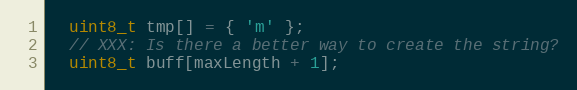
Language: C++
  uint8_t tmp[] = { 'm' };
  // XXX: Is there a better way to create the string?
  uint8_t buff[maxLength + 1];